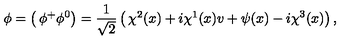
\phi = \left( \begin{matrix} { \phi ^ { + } } \\ { \phi ^ { 0 } } \\ \end{matrix} \right) = \frac { 1 } { \sqrt { 2 } } \left( \begin{matrix} { \chi ^ { 2 } ( x ) + i \chi ^ { 1 } ( x ) } \\ { v + \psi ( x ) - i \chi ^ { 3 } ( x ) } \\ \end{matrix} \right) ,